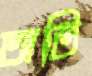
অতি